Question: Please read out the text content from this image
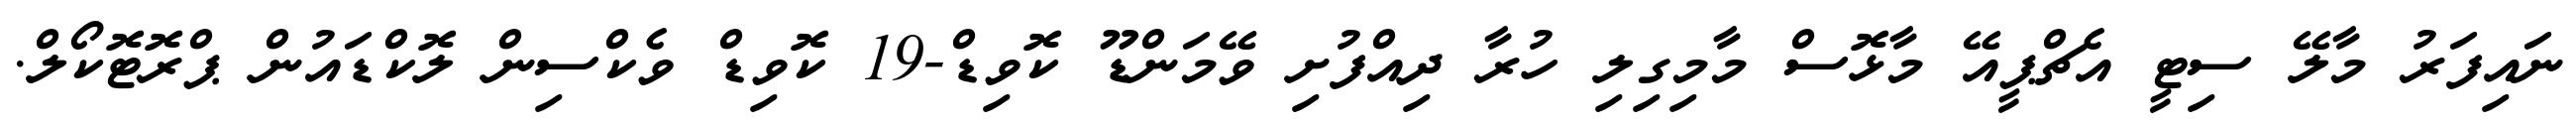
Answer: ނައިފަރު މާލޭ ސިޓީ އެޗްޕީއޭ މާޅޮސް މާމިގިލި ހުރާ ދިއްފުށި ވޭމަންޑޫ ކޮވިޑް-19 ކޮވިޑް ވެކްސިން ލޮކްޑައުން ޕްރޮޓޮކޯލް.